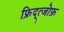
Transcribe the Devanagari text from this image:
फ्रिद्त्जोफ़